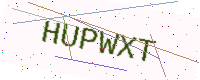
Text: HUPWXT